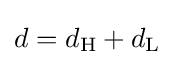
d=d_{\rm {H}}+d_{\rm {L}}